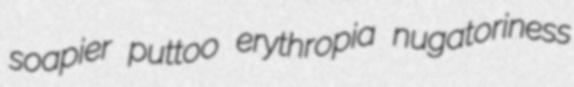
soapier puttoo erythropia nugatoriness